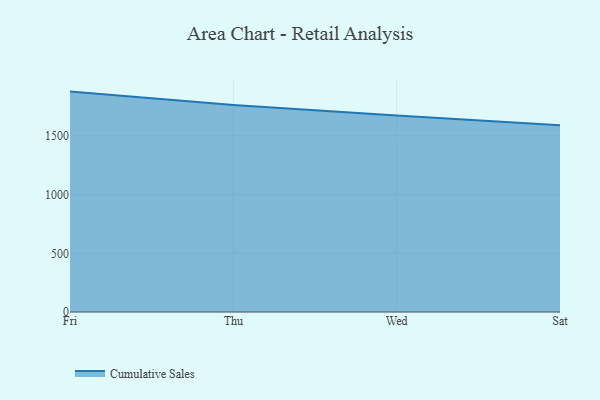
{"axis": {"x": "Day", "y": "Market Share (%)"}, "legend": ["Cumulative Sales"], "data": [{"x": "Fri", "y": 1877.3, "type": "Cumulative Sales"}, {"x": "Thu", "y": 1764.2, "type": "Cumulative Sales"}, {"x": "Wed", "y": 1673.8, "type": "Cumulative Sales"}, {"x": "Sat", "y": 1590.2, "type": "Cumulative Sales"}]}